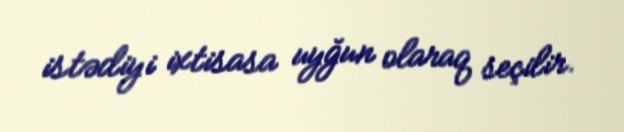
istədiyi ixtisasa uyğun olaraq seçilir.